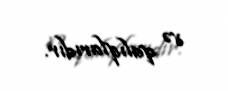
və qalıqlarıdır.